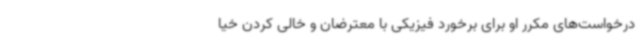
درخواست‌های مکرر او برای برخورد فیزیکی با معترضان و خالی کردن خیا